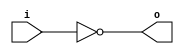
module invert (input wire i, output wire o);
   assign o = !i;
endmodule

module and2 (input wire i0, i1, output wire o);
  assign o = i0 & i1;
endmodule

module mux2 (input wire i0, i1, j, output wire o);
  assign o = (j==0)?i0:i1;
endmodule

module df (input wire clk, in, output wire out);
  reg df_out;
  always@(posedge clk) df_out <= in;
  assign out = df_out;
endmodule

module dfr (input wire clk, reset, in, output wire out);
  wire reset_, df_in;
  invert invert_0 (reset, reset_);
  and2 and2_0 (in, reset_, df_in);
  df df_0 (clk, df_in, out);
endmodule

module dfrl (input wire clk, reset, load, in, output wire out);
  wire _in;
  dfr dfr_1(clk, reset, _in, out);
  mux2 mux2_0(out, in, load, _in);
endmodule